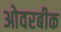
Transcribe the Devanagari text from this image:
ओवरबीक